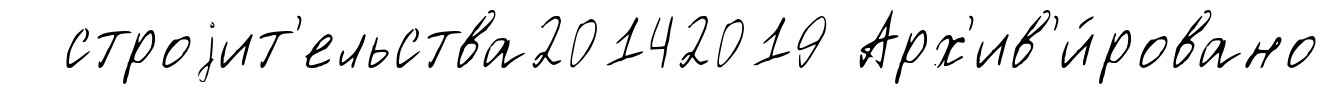
строjит'ельства20142019 Арх'ив'и́ровано